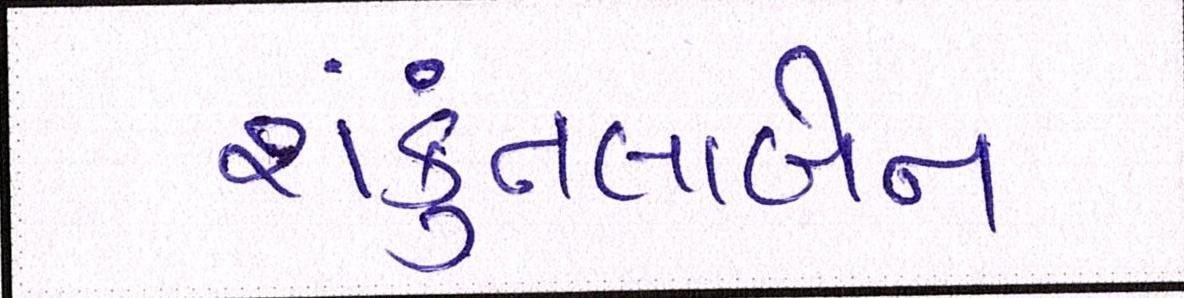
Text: શંકુતલાબેન